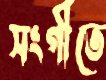
সংগীতে